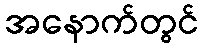
အနောက်တွင်